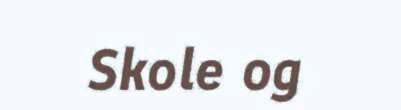
Skole og